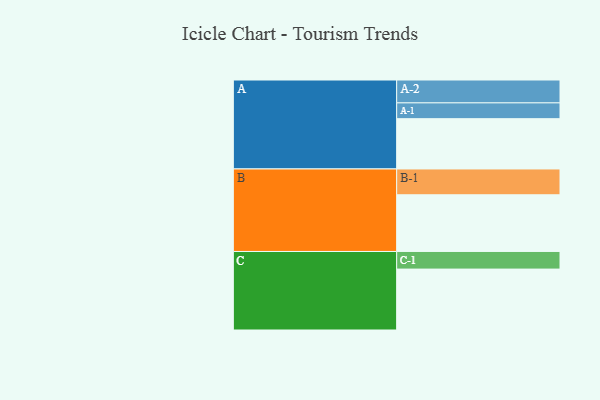
{"axis": {"x": "Segment", "y": "Value"}, "legend": ["", "A", "B", "C"], "data": [{"x": "A", "y": 477, "type": ""}, {"x": "B", "y": 538, "type": ""}, {"x": "C", "y": 578, "type": ""}, {"x": "A-1", "y": 150, "type": "A"}, {"x": "A-2", "y": 217, "type": "A"}, {"x": "B-1", "y": 245, "type": "B"}, {"x": "C-1", "y": 167, "type": "C"}]}